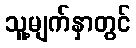
သူ့မျက်နှာတွင်